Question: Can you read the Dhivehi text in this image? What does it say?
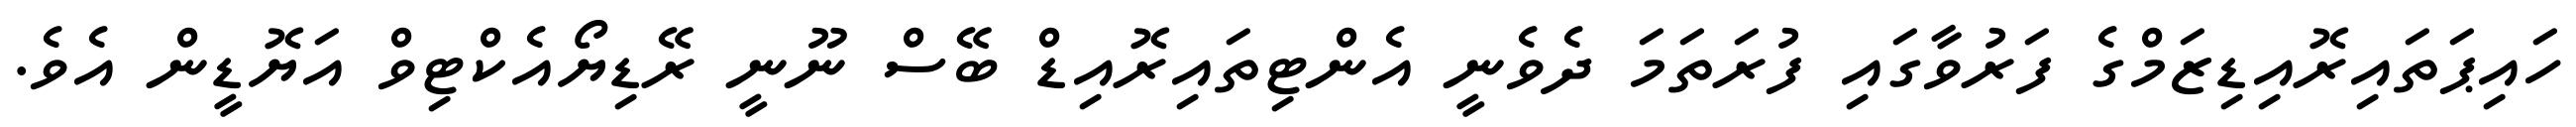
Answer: ހައިޕަތައިރޮއިޑިޒަމްގެ ފަރުވާގައި ފުރަތަމަ ދެވެނީ އެންޓިތައިރޮއިޑް ބޭސް ނޫނީ ރޭޑިޔޯއެކްޓިވް އަޔޮޑީން އެވެ.